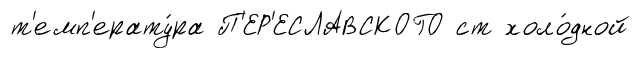
т'емп'ерату́ра П'ЕР'ЕСЛАВСКОГО ст холо́дной